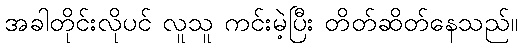
အခါတိုင်းလိုပင် လူသူ ကင်းမဲ့ပြီး တိတ်ဆိတ်နေသည်။